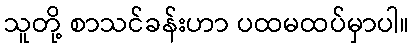
သူတို့ စာသင်ခန်းဟာ ပထမထပ်မှာပါ။